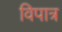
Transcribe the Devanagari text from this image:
विपात्र